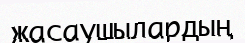
жасаушылардың